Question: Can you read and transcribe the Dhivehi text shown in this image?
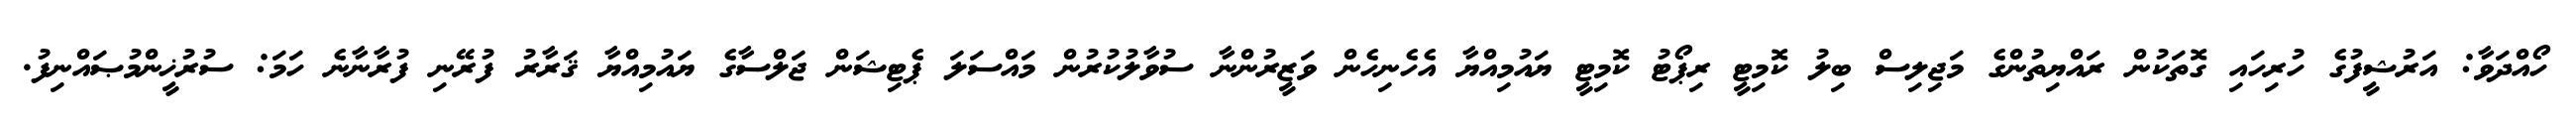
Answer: ހޯއްދަވާ: އަރުޝީފުގެ ހުރިހައި ގޮތަކުން ރައްޔިތުންގެ މަޖިލިސް ބިލު ކޮމިޓީ ރިޕޯޓު ކޮމިޓީ ޔައުމިއްޔާ އެހެނިހެން ވަޒީރުންނާ ސުވާލުކުރުން މައްސަލަ ޕެޓިޝަން ޖަލްސާގެ ޔައުމިއްޔާ ޤަރާރު ފުރޭނި ފުރާނާނެ ހަމަ: ސުރުޚީންމުޞައްނިފު.